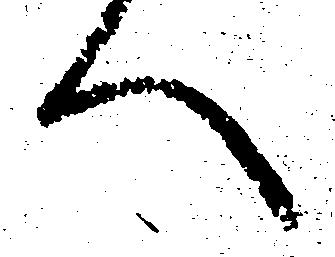
へ